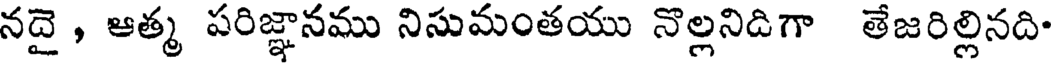
నదై , ఆత్మ పరిజ్ఞానము నిసుమంతయు నొల్లనిదిగా తేజరిల్లినది